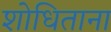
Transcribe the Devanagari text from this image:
शोधिताना